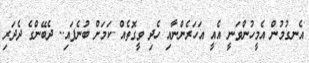
އެނގުމުން އެމީހުންވަނީ އެއީ އަހަރެންނާއި ހެދި ވީގޮތެއް ކަމަށް ބުނެފައި.. ދެބޭންގެ ދެދަރި